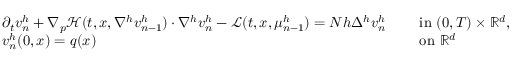
\begin{array} { r l r l } & { \partial _ { t } v _ { n } ^ { h } + \nabla _ { p } { \mathcal H } ( t , x , \nabla ^ { h } v _ { n - 1 } ^ { h } ) \cdot \nabla ^ { h } v _ { n } ^ { h } - { \mathcal L } ( t , x , \mu _ { n - 1 } ^ { h } ) = N h \Delta ^ { h } v _ { n } ^ { h } } & & { \mathrm { ~ i n ~ } ( 0 , T ) \times { \mathbb { R } } ^ { d } , } \\ & { v _ { n } ^ { h } ( 0 , x ) = q ( x ) } & & { \mathrm { ~ o n ~ } { \mathbb { R } } ^ { d } } \end{array}